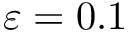
\varepsilon = 0 . 1